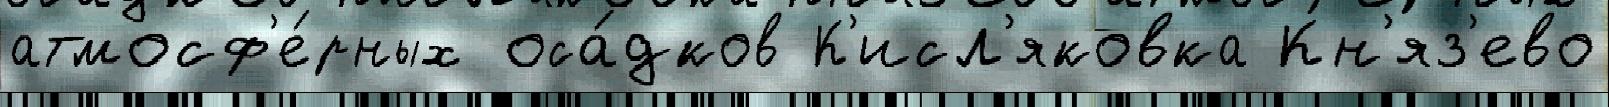
атмосф'е́рных оса́дков К'исл'яковка Кн'яз'ево